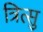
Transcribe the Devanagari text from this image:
त्रित्सु